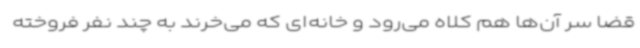
قضا سر آن‌ها هم کلاه می‌رود و خانه‌ای که می‌خرند به چند نفر فروخته